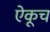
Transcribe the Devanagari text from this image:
ऐकूच